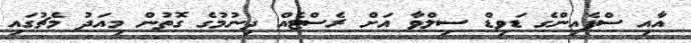
އާއި ސްޕެއިންގެ ޑަވިޑް ސިލްވާ އަށް ރެސްޓެއް ދިނުމުގެ ގޮތުން މިއަދު މެޗުގައި